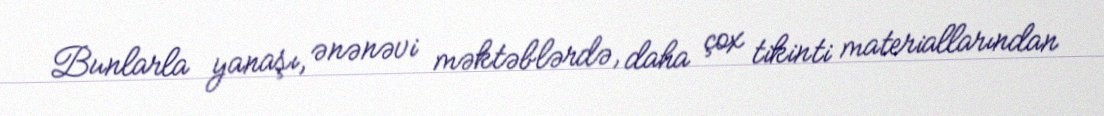
Bunlarla yanaşı, ənənəvi məktəblərdə, daha çox tikinti materiallarından